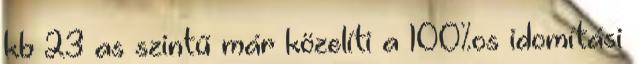
kb 23 as szintű már közelíti a 100%os idomítási